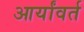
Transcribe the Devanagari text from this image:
आर्यांवर्त